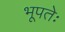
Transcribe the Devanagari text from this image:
भूपतेः